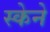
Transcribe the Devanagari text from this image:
स्केने